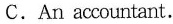
C.An accountant.